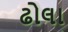
ઢોલા